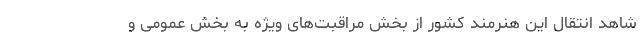
شاهد انتقال این هنرمند کشور از بخش مراقبت‌های ویژه به بخش عمومی و